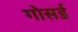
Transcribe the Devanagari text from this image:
गोसर्ड